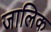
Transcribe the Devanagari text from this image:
जालिक